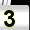
Digit: 3